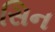
સિન